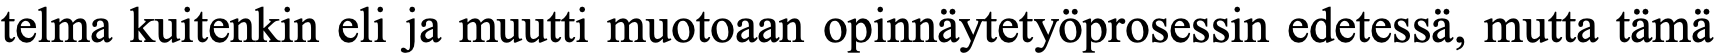
telma kuitenkin eli ja muutti muotoaan opinnäytetyöprosessin edetessä, mutta tämä